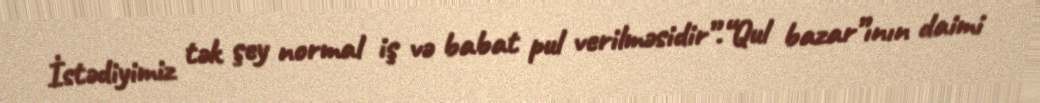
İstədiyimiz tək şey normal iş və babat pul verilməsidir”.“Qul bazar”ının daimi